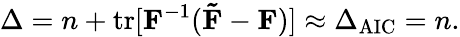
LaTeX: \Delta=n+\mathrm{tr}[\mathbf{F}^{-1}(\mathbf{\tilde{F}}-\mathbf{F})]\approx\Delta_{\mathrm{AIC}}=n.